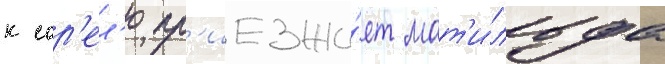
к сор'ел'ю пр'иезжа́ет мат'и́льда